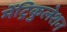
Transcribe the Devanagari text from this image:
मेंट्रिकुलेशन